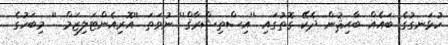
ހުޅަނގުގެ ބައެއް ބާޙިޘުން ދެކޭ ގޮތުގައި ''އިސްތިޝްރާޤް'' ނުވަތަ ''އޮރިއެންޓަލިޒަމް '' މިބަހުގެ